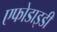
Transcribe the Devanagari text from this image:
एफोडाइडी